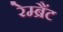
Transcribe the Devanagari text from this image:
रेम्ब्रैंट